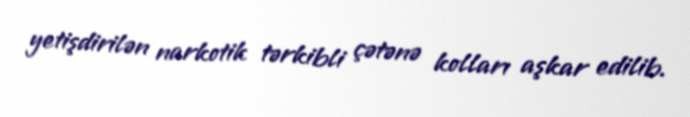
yetişdirilən narkotik tərkibli çətənə kolları aşkar edilib.